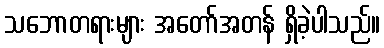
သဘောတရားများ အတော်အတန် ရှိခဲ့ပါသည်။